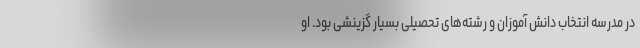
در مدرسه انتخاب دانش آموزان و رشته‌های تحصیلی بسیار گزینشی بود. او